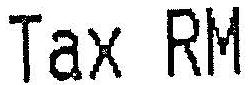
TAX RM